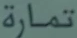
تماراة